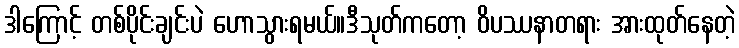
ဒါကြောင့် တစ်ပိုင်းချင်းပဲ ဟောသွားရမယ်။ဒီသုတ်ကတော့ ဝိပဿနာတရား အားထုတ်နေတဲ့